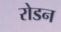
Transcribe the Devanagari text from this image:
रोडन